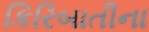
કિરિબાતીના